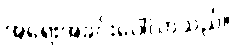
အရေးအခင်းပေါ်လာသည်။